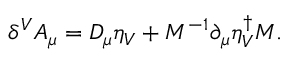
\delta ^ { V } A _ { \mu } = D _ { \mu } \eta _ { V } + M ^ { - 1 } \partial _ { \mu } \eta _ { V } ^ { \dagger } M .